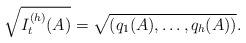
LaTeX: \begin{align*}\sqrt{I^{(h)}_t(A)}=\sqrt{(q_1(A),\dots, q_h(A))}.\end{align*}